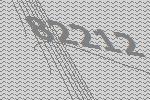
82212